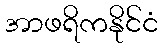
အာဖရိကနိုင်ငံ